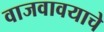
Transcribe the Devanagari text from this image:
वाजवावयाचे